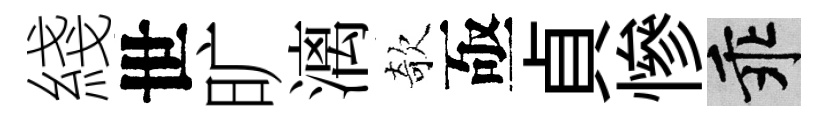
綫世旷漓欹亟貞慘乖